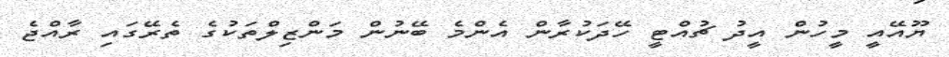
ޔޫއޭއީ މީހުން އީދު ޗުއްޓީ ހޭދަކުރާން އެންމެ ބޭނުން މަންޒިލްތަކުގެ ތެރޭގައި ރާއްޖެ